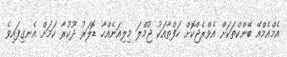
އެމްއެމްއޭ ބޭންކްތަކަށް އެވްރެޖްކޮށް ހަފްތާއަކު ޖުމްލަ މިލިއަނެއްހާ ޑޮލަރު ދޫކުރާ ކަމަށް އެނގިފައިވެ